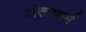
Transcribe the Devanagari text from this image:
अंतश्चर्म